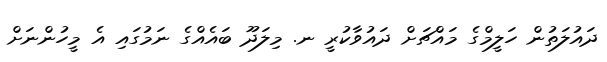
ދައުލަތުން ހަލީމްގެ މައްޗަށް ދައުވާކުރީ ނ. މިލަދޫ ބައެއްގެ ނަމުގައި އެ މީހުންނަށް